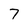
Character: 7